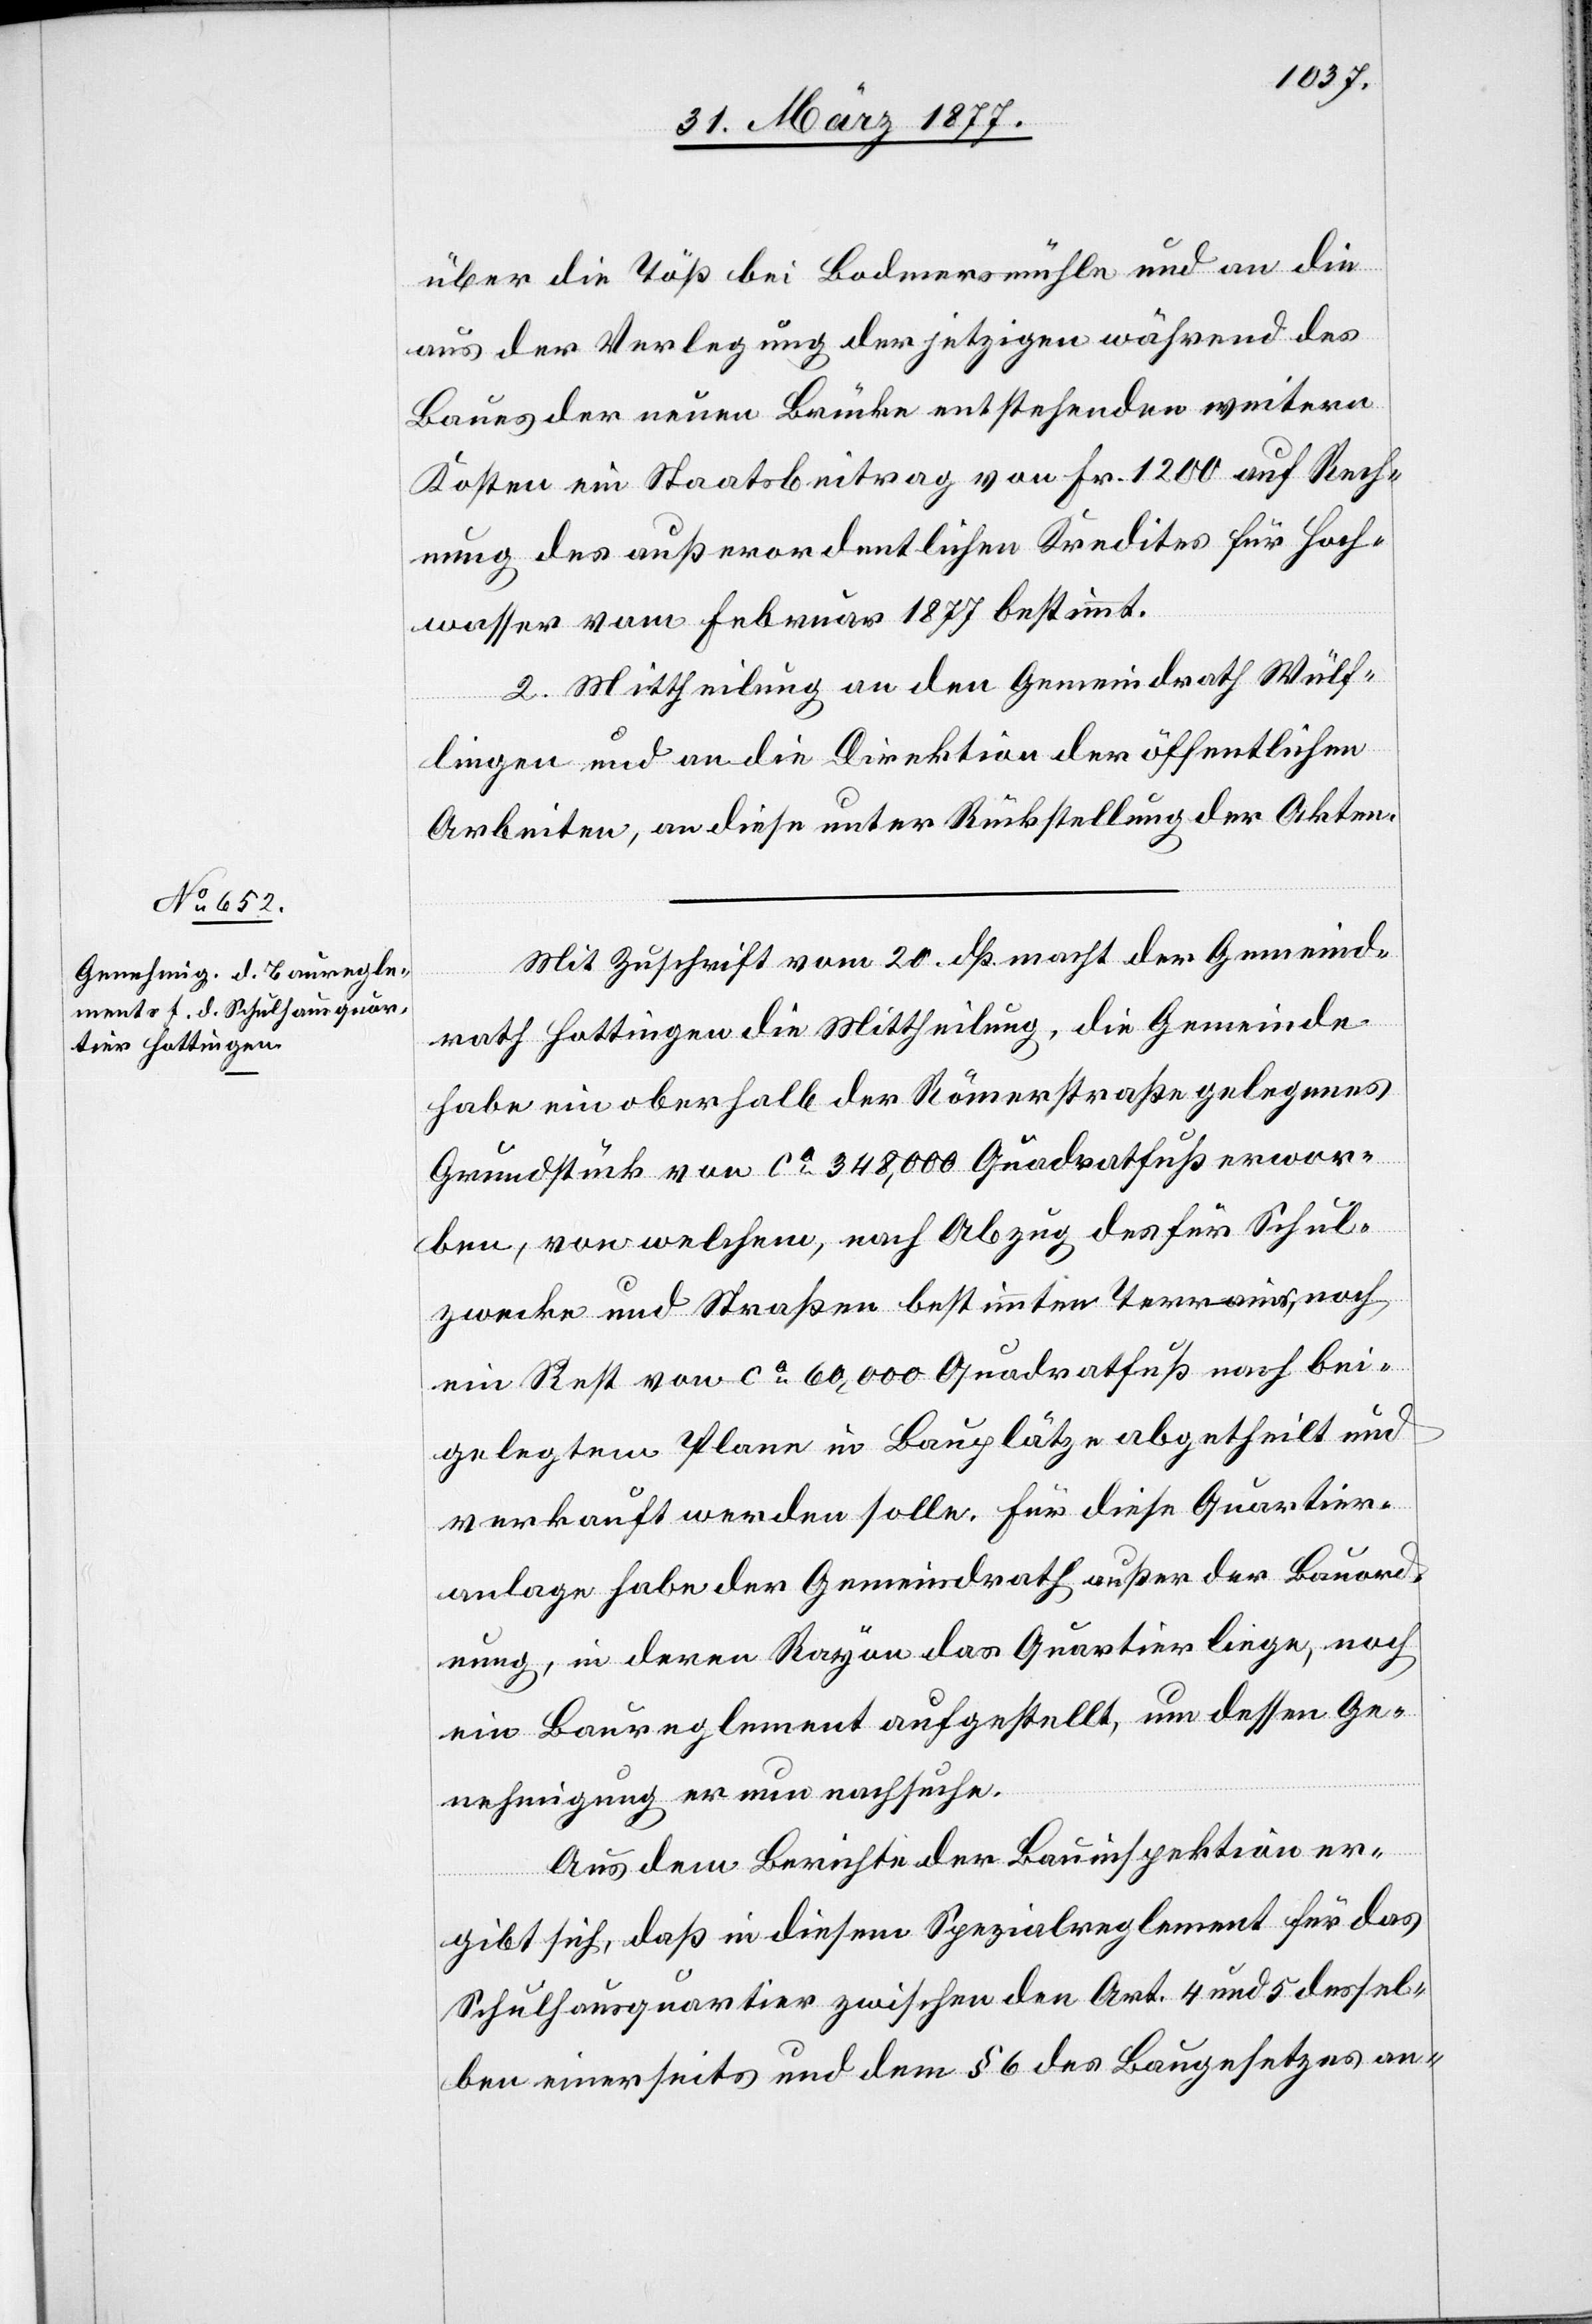
über die Töß bei Bodmersmühle und an die
aus der Verlegung der jetzigen während des
Baues der neuen Brücke entstehenden weitern
Kosten ein Staatsbeitrag von Fr. 1200 auf Rech¬
nung des außerordentlichen Kredites für Hoch¬
wasser vom Februar 1877 bestimmt.
2. Mittheilung an den Gemeindrath Wülf¬
lingen und an die Direktion der öffentlichen
Arbeiten, an diese unter Rückstellung der Akten.
Mit Zuschrift vom 20. dß. macht der Gemeind¬
rath Hottingen die Mittheilung, die Gemeinde
habe ein oberhalb der Römerstraße gelegenes
Grundstück von ca 348,000 Quadratfuß erwor¬
ben, von welchem, nach Abzug des für Schul¬
zwecke und Straßen bestimmten Terrains, noch
ein Rest von ca 60,000 Quadratfuß nach bei¬
gelegtem Plane in Bauplätze abgetheilt und
verkauft werden solle. Für diese Quartier¬
anlage habe der Gemeindrath außer der Bauord¬
nung, in deren Rayon das Quartier liege, noch
ein Baureglement aufgestellt, um dessen Ge¬
nehmigung er nun nachsuche.
Aus dem Berichte der Bauinspektion er¬
gibt sich, daß in diesem Spezialreglement für das
Schulhausquartier zwischen den Art. 4 und 5 dessel¬
ben einerseits und dem § 6 des Baugesetzes an-